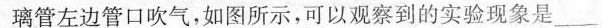
璃管左边管口吹气，如图所示，可以观察到的实验现象是____